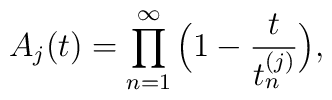
A_j(t)=\prod_{n=1}^\infty \Big(1-\frac{t}{t^{(j)}_n}\Big),